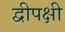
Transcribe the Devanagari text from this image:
द्वीपक्षी